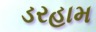
ડરહામ